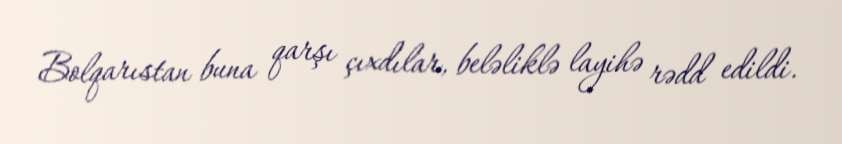
Bolqarıstan buna qarşı çıxdılar, beləliklə layihə rədd edildi.